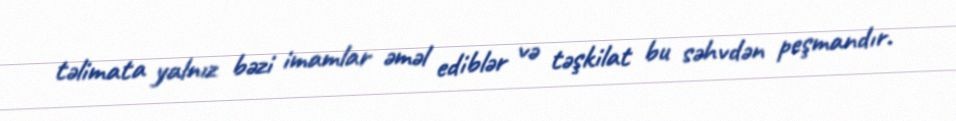
təlimata yalnız bəzi imamlar əməl ediblər və təşkilat bu səhvdən peşmandır.